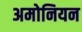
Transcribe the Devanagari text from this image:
अमोनियन